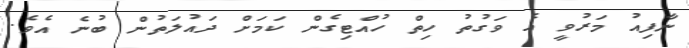
ނާފިއު މަރުވީ އެ ވަގުތު ހިތް ހުއްޓިގެން ކަމަށް ދައުލަތުން ބުނެ އެވެ.